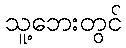
သူ့ဘေးတွင်